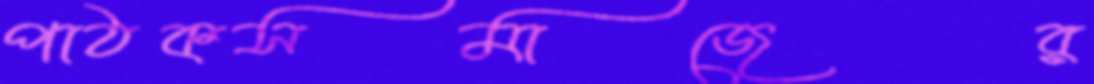
পাঠকসমাজের